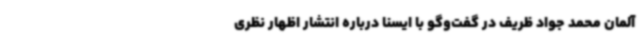
آلمان محمد جواد ظریف در گفت‌وگو با ایسنا درباره انتشار اظهار نظری